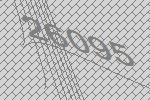
26095